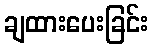
ချထားပေးခြင်း